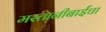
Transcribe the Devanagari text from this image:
मस्तानीबाईंचा